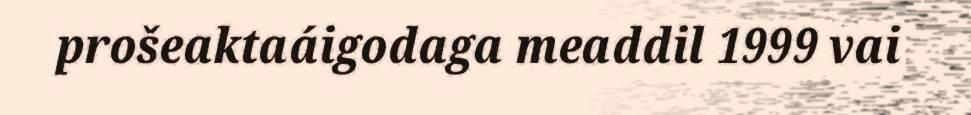
prošeaktaáigodaga meaddil 1999 vai